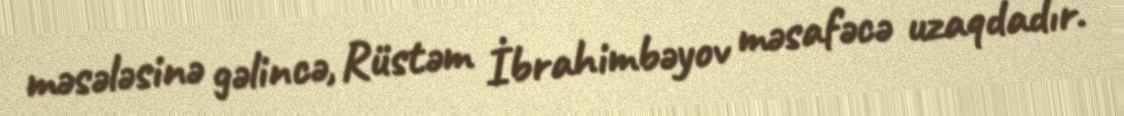
məsələsinə gəlincə, Rüstəm İbrahimbəyov məsafəcə uzaqdadır.